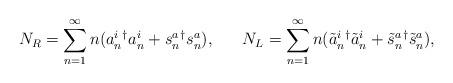
LaTeX: \begin{align*}N_R = \sum_{n=1}^{\infty} n(a_n^i{}^\dagger a_n^i +s_n^a{}^\dagger s_n^a), ~~~~~ N_L = \sum_{n=1}^{\infty} n(\tilde{a}_n^i{}^\dagger \tilde{a}_n^i + \tilde{s}_n^a{}^\dagger \tilde{s}_n^a),\end{align*}